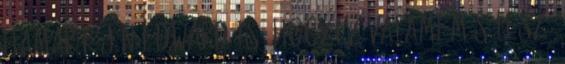
Hamar rájön Edward is, hogy ez valami más lesz.